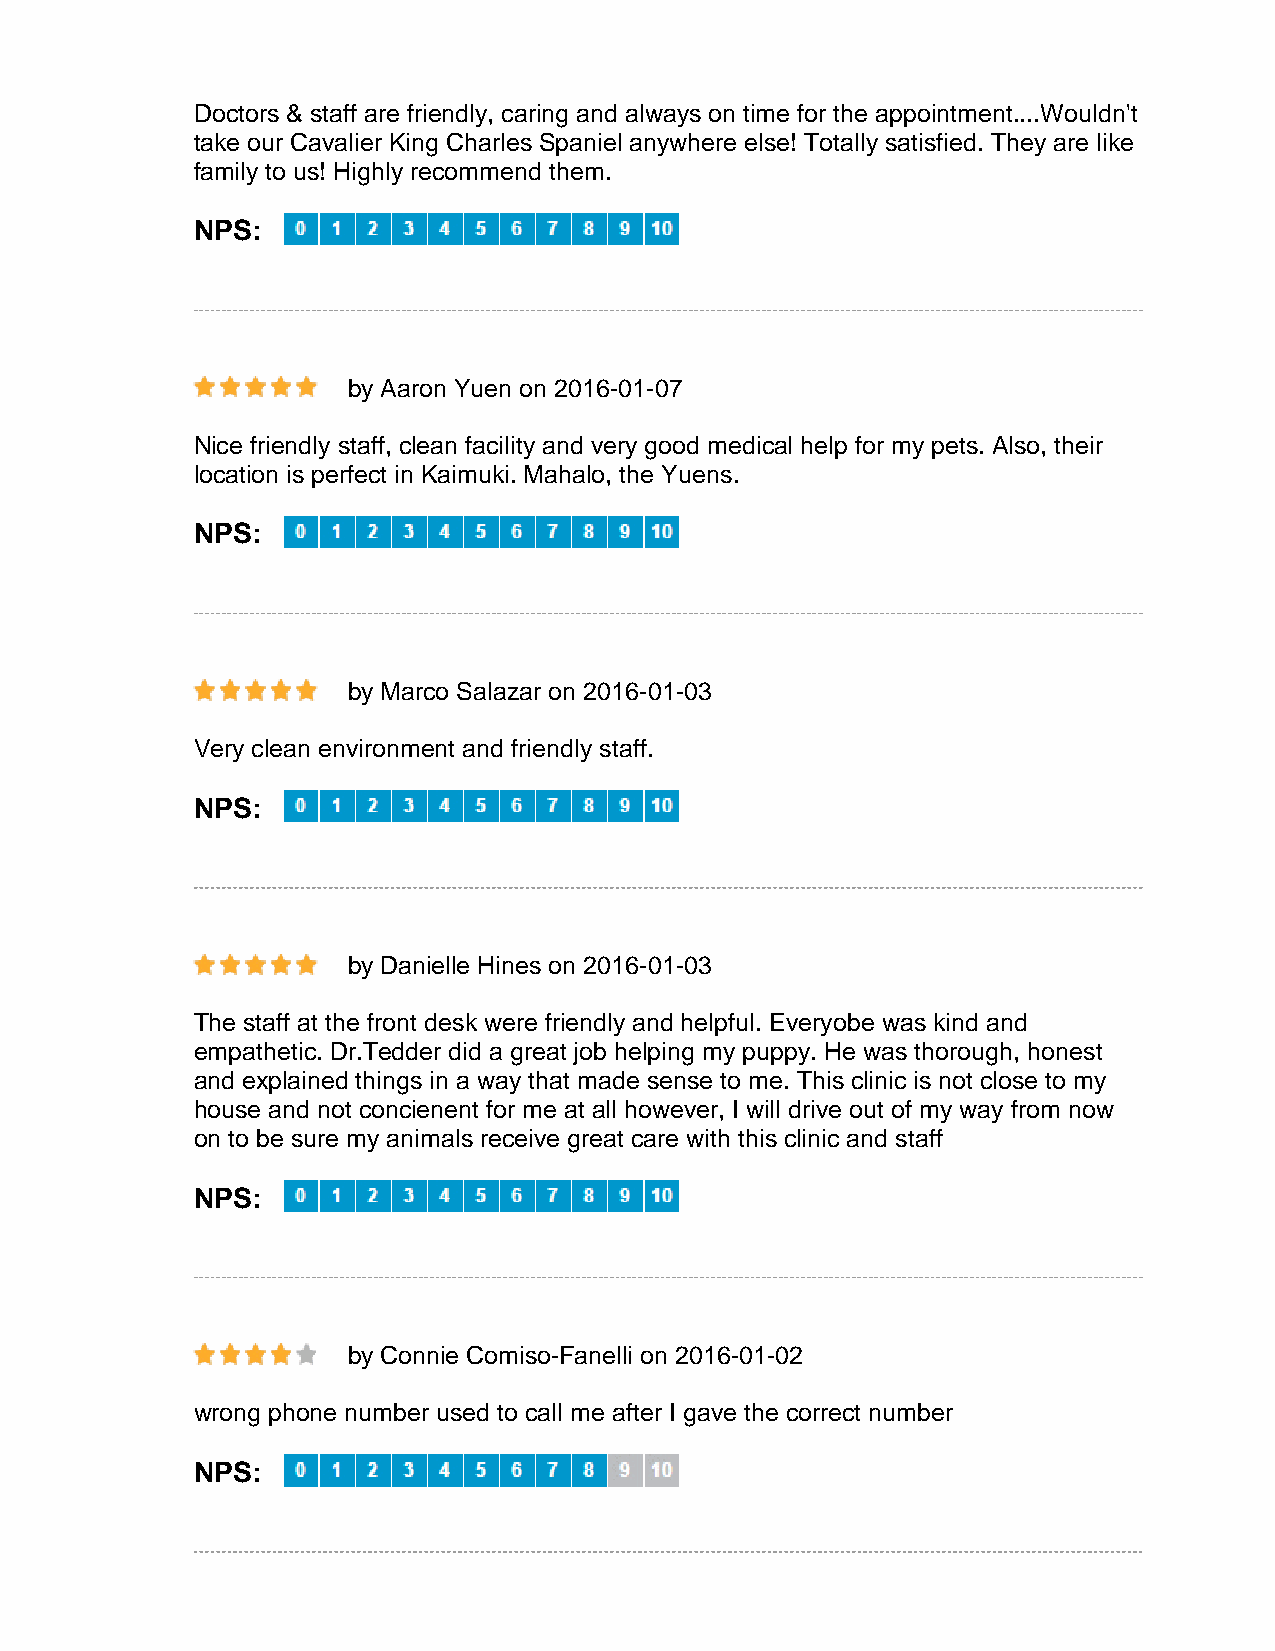
Doctors & staff are friendly, caring and always on time for the appointment....Wouldn't
 take our Cavalier King Charles Spaniel anywhere else! Totally satisfied. They are like
 family to us! Highly recommend them.
 NPS:
 by Aaron Yuen on 2016-01-07
 Nice friendly staff, clean facility and very good medical help for my pets. Also, their
 location is perfect in Kaimuki. Mahalo, the Yuens.
 NPS:
 by Marco Salazar on 2016-01-03
 Very clean environment and friendly staff.
 NPS:
 by Danielle Hines on 2016-01-03
 The staff at the front desk were friendly and helpful. Everyobe was kind and
 empathetic. Dr.Tedder did a great job helping my puppy. He was thorough, honest
 and explained things in a way that made sense to me. This clinic is not close to my
 house and not concienent for me at all however, I will drive out of my way from now
 on to be sure my animals receive great care with this clinic and staff
 NPS:
 by Connie Comiso-Fanelli on 2016-01-02
 wrong phone number used to call me after I gave the correct number
 NPS: